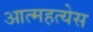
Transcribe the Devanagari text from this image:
आत्महत्येस